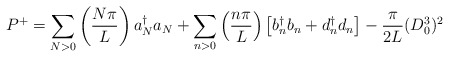
\begin{align*}P^+ = \sum_{N>0}\left({N\pi \over L }\right) a{_N ^\dagger} a_N+\sum_{n>0}\left({n\pi \over L }\right) \left[b{_n^\dagger} b_n + d{_n^\dagger}d_n \right] - {\pi \over 2L} (D_0^3)^2\end{align*}